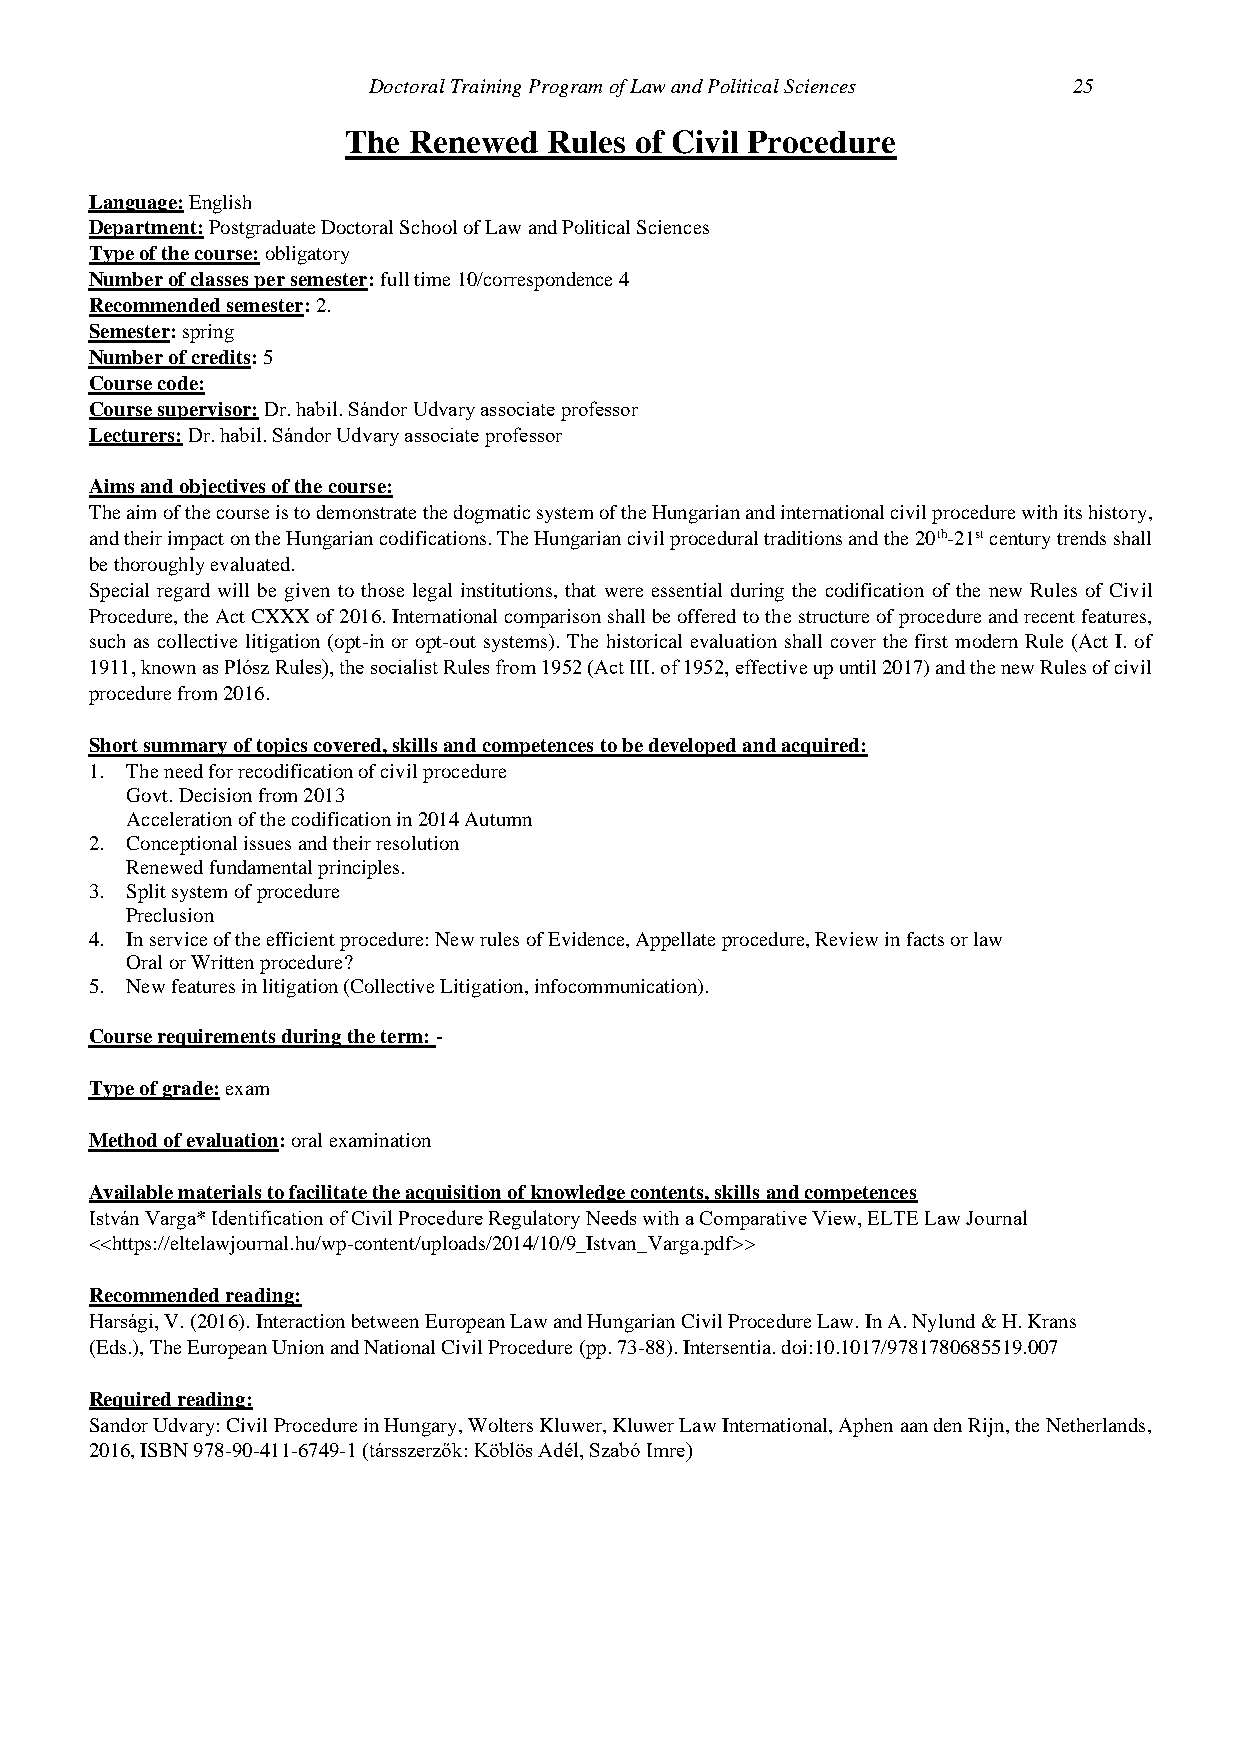
Doctoral Training Program of Law and Political Sciences 25
 The Renewed  Rules of Civil Procedure
 Language: English
 Department: Postgraduate Doctoral School of Law and Political Sciences
 Type of the course: obligatory
 Number of classes per semester: full time 10/correspondence 4
 Recommended semester: 2.
 Semester: spring
 Number of credits: 5
 Course code:
 Course supervisor: Dr. habil. Sándor Udvary associate professor
 Lecturers: Dr. habil. Sándor Udvary associate professor
 Aims and objectives of the course:
 The aim of the course is to demonstrate the dogmatic system of the Hungarian and international civil procedure with its history,
 and their impact on the Hungarian codifications. The Hungarian civil procedural traditions and the 20th-21st century trends shall
 be thoroughly evaluated.
 Special regard will be given to those legal institutions, that were essential during the codification of the new Rules of Civil
 Procedure, the Act CXXX of 2016. International comparison shall be offered to the structure of procedure and recent features,
 such as collective litigation (opt-in or opt-out systems). The historical evaluation shall cover the first modern Rule (Act I. of
 1911, known as Plósz Rules), the socialist Rules from 1952 (Act III. of 1952, effective up until 2017) and the new Rules of civil
 procedure from 2016.
 Short summary of topics covered, skills and competences to be developed and acquired:
 1. The need for recodification of civil procedure
 Govt. Decision from 2013
 Acceleration of the codification in 2014 Autumn
 2. Conceptional issues and their resolution
 Renewed fundamental principles.
 3. Split system of procedure
 Preclusion
 4. In service of the efficient procedure: New rules of Evidence, Appellate procedure, Review in facts or law
 Oral or Written procedure?
 5. New features in litigation (Collective Litigation, infocommunication).
 Course requirements during the term: -
 Type of grade: exam
 Method of evaluation: oral examination
 Available materials to facilitate the acquisition of knowledge contents, skills and competences
 István Varga* Identification of Civil Procedure Regulatory Needs with a Comparative View, ELTE Law Journal
 <<https://eltelawjournal.hu/wp-content/uploads/2014/10/9_Istvan_Varga.pdf>>
 Recommended reading:
 Harsági, V. (2016). Interaction between European Law and Hungarian Civil Procedure Law. In A. Nylund & H. Krans
 (Eds.), The European Union and National Civil Procedure (pp. 73-88). Intersentia. doi:10.1017/9781780685519.007
 Required reading:
 Sandor Udvary: Civil Procedure in Hungary, Wolters Kluwer, Kluwer Law International, Aphen aan den Rijn, the Netherlands,
 2016, ISBN 978-90-411-6749-1 (társszerzők: Köblös Adél, Szabó Imre)